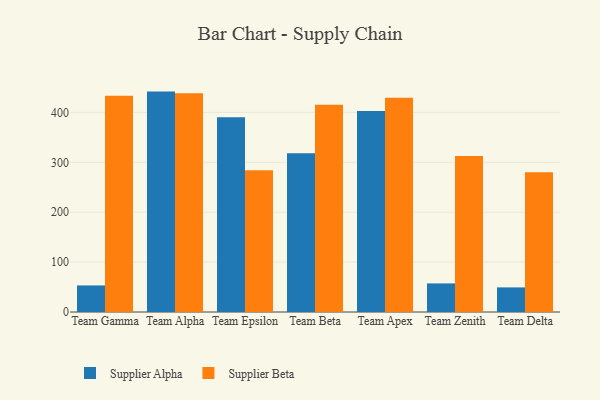
{"axis": {"x": "Team", "y": "LTV (USD)"}, "legend": ["Supplier Alpha", "Supplier Beta"], "data": [{"x": "Team Gamma", "y": 53.2, "type": "Supplier Alpha"}, {"x": "Team Gamma", "y": 433.2, "type": "Supplier Beta"}, {"x": "Team Alpha", "y": 441.7, "type": "Supplier Alpha"}, {"x": "Team Alpha", "y": 438.5, "type": "Supplier Beta"}, {"x": "Team Epsilon", "y": 390.1, "type": "Supplier Alpha"}, {"x": "Team Epsilon", "y": 283.9, "type": "Supplier Beta"}, {"x": "Team Beta", "y": 318.2, "type": "Supplier Alpha"}, {"x": "Team Beta", "y": 415.1, "type": "Supplier Beta"}, {"x": "Team Apex", "y": 402.7, "type": "Supplier Alpha"}, {"x": "Team Apex", "y": 429.3, "type": "Supplier Beta"}, {"x": "Team Zenith", "y": 57.3, "type": "Supplier Alpha"}, {"x": "Team Zenith", "y": 312.8, "type": "Supplier Beta"}, {"x": "Team Delta", "y": 49.3, "type": "Supplier Alpha"}, {"x": "Team Delta", "y": 280.1, "type": "Supplier Beta"}]}